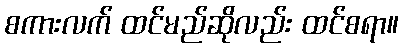
စကားလက် ထင်မည်ဆိုလည်း ထင်စရာ။